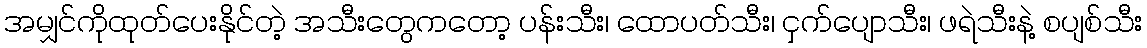
အမျှင်ကိုထုတ်ပေးနိုင်တဲ့ အသီးတွေကတော့ ပန်းသီး၊ ထောပတ်သီး၊ ငှက်ပျောသီး၊ ဖရဲသီးနဲ့ စပျစ်သီး